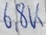
Text: 6,8k